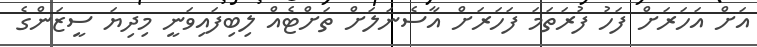
އަށް އަހަރަށް ފަހު ފުރަތަމަ ފަހަރަށް އާސެނަލަށް ތަށްޓެއް ލިބިފައިވަނީ މިދިޔަ ސީޒަންގެ